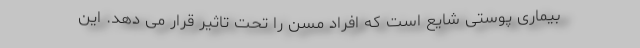
بیماری پوستی شایع است که افراد مسن را تحت تاثیر قرار می دهد. این